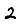
Digit: 2